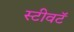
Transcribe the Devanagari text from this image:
स्टीवटॅ